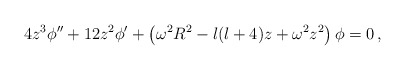
\begin{align*}4 z^3 \phi '' + 12 z^2 \phi ' + \left( \omega^2 R^2 - l(l+4) z + \omega^2 z^2 \right) \phi = 0 \,,\end{align*}